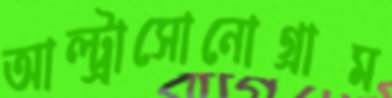
আল্ট্রাসোনোগ্রাম